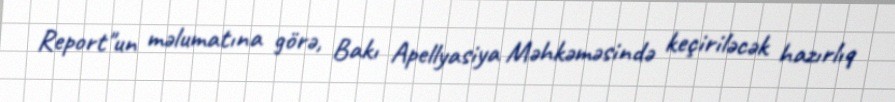
Report"un məlumatına görə, Bakı Apellyasiya Məhkəməsində keçiriləcək hazırlıq